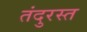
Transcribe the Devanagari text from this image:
तंदुरस्त